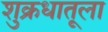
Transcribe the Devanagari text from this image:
शुक्रधातूला